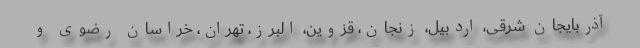
آذربایجان شرقی، اردبیل، زنجان، قزوین، البرز، تهران، خراسان رضوی و